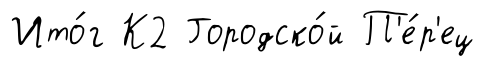
Ито́г К2 Городско́й П'е́р'ец